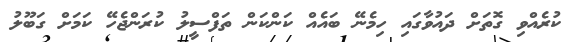
ކުރެއްވި ގޮތަށް ދައުވާގައި ހިމެނޭ ބައެއް ކަންކަން ތަފްސީލު ކުރަންޖެހޭ ކަމަށް ގަބޫލު